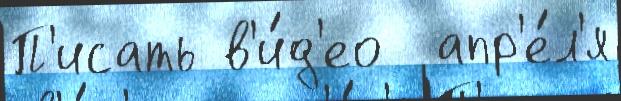
П'исать в'и́д'ео  апр'е́л'я